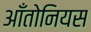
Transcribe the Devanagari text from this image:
आँतोनियस